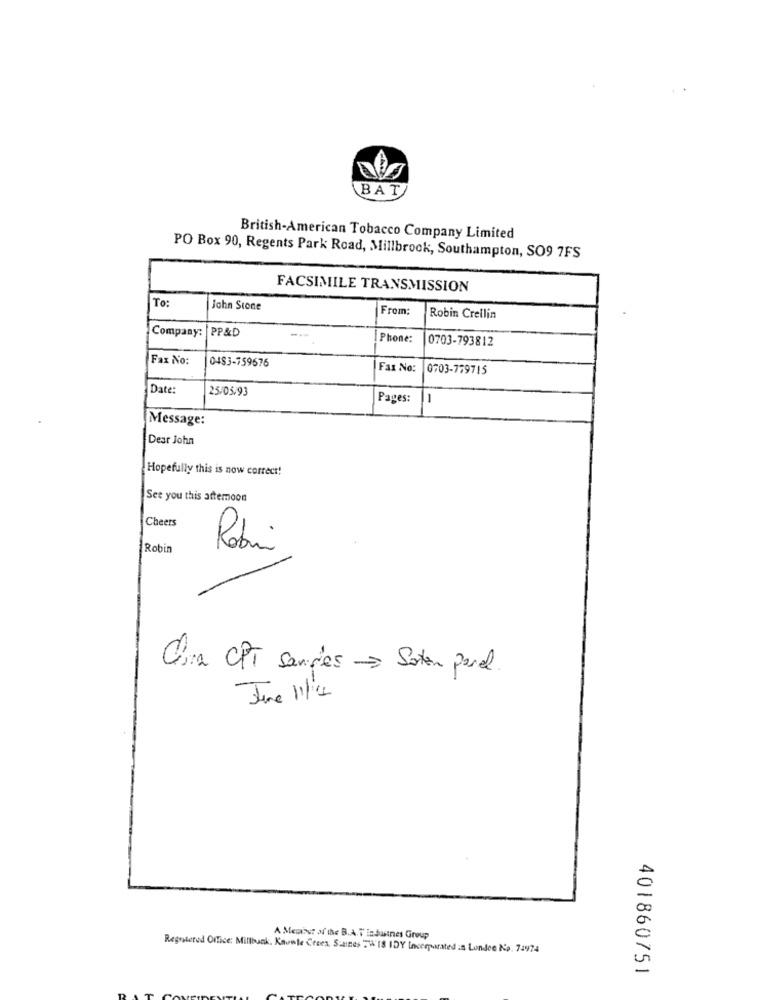
BAT
British-American Tobacco Company Limited
PO Box 90, Regents Park Road, Millbrook, Southampton, SO9 7FS
FACSIMILE TRANSMISSION
To:
John Stone
From:
Robin Crellin
Company: PP&D
Phone:
0703-793812
Fax No:
0483-759676
Fax No:
0703-779715
Date:
25/05/93
Pages:
-
Message:
Dear John
Hopefully this is now correct!
See you this attemoon
Cheers
Robin
Robin
Chra CPT samples - Soten peral
June 1/1
A Means of the B.A.T industnes Group
Registered Office: Milbuck. Knowle Crees. Saines .W 18 IDY Inverparated in London No. 71974
401860751